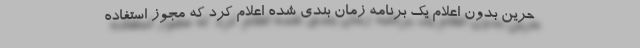
حرین بدون اعلام یک برنامه زمان بندی شده اعلام کرد که مجوز استفاده